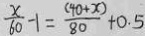
\frac { x } { 6 0 } - 1 = \frac { ( 4 0 + x ) } { 8 0 } + 0 . 5